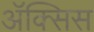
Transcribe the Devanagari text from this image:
ॲक्सिस